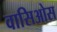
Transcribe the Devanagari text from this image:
वासिओस